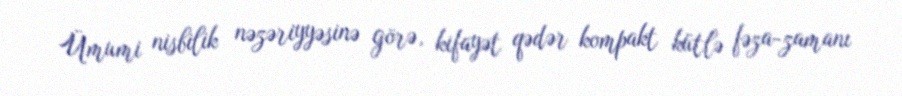
Ümumi nisbilik nəzəriyyəsinə görə, kifayət qədər kompakt kütlə fəza-zamanı